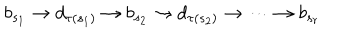
b _ { s _ { 1 } } \rightarrow d _ { \tau ( s _ { 1 } ) } \rightarrow b _ { s _ { 2 } } \rightarrow d _ { \tau ( s _ { 2 } ) } \rightarrow \dots \rightarrow b _ { s _ { r } }